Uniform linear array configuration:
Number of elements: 12
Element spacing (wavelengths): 0.5
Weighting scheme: hamming
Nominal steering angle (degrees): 45
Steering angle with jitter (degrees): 44.06
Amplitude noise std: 0.05
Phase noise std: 0.05

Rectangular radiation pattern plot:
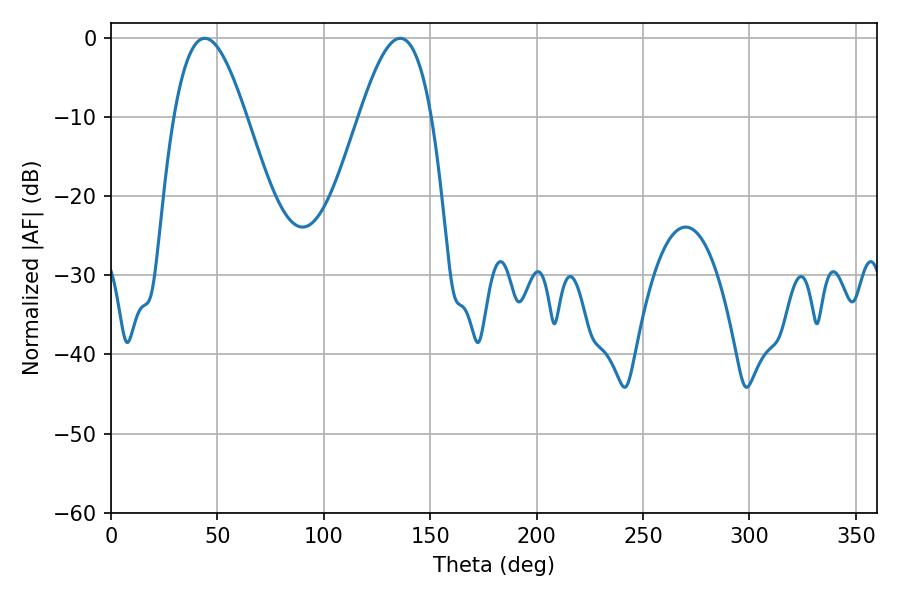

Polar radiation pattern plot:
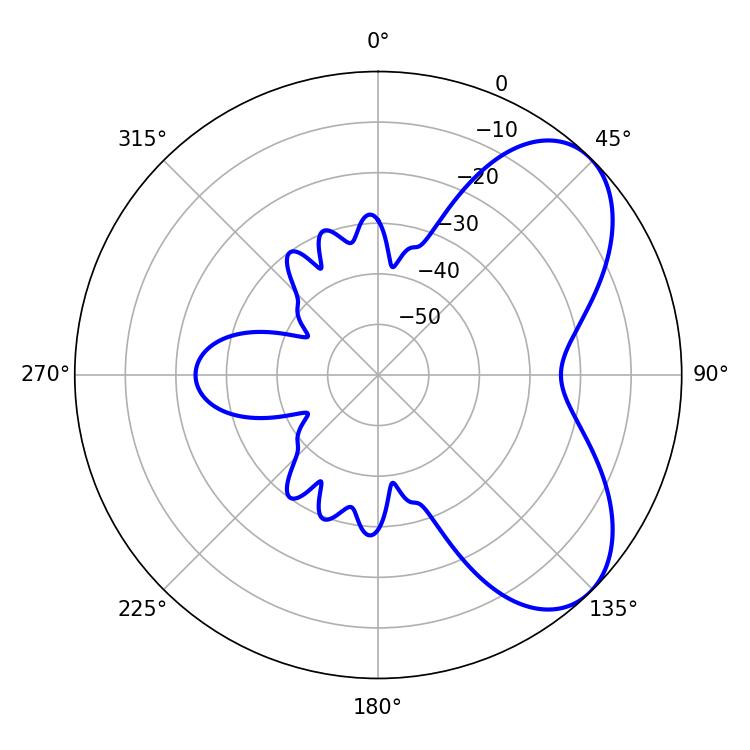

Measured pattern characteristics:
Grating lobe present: FALSE
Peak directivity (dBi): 6.054
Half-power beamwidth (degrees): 18.36
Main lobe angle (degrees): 135.9